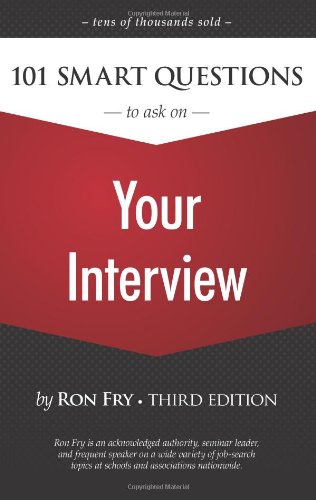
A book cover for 101 Smart Questions to Ask on Your Interview (Ron Fry's How to Study Program); Ron Fry; Business & Money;